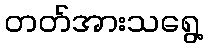
တတ်အားသရွေ့